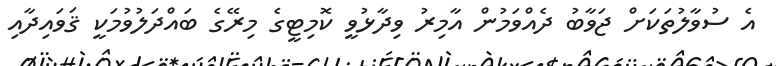
އެ ސުވާލުތަކަށް ޖަވާބު ދެއްވަމުން އާމިރު ވިދާޅުވީ ކޮމިޓީގެ މިރޭގެ ބައްދަލުވުމަކީ ޤަވައިދާއި